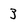
Character: 3